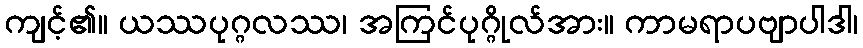
ကျင့်၏။ ယဿပုဂ္ဂလဿ၊ အကြင်ပုဂ္ဂိုလ်အား။ ကာမရာပဗျာပါဒါ၊